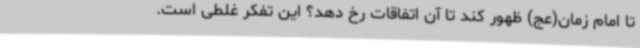
تا امام زمان(عج) ظهور کند تا آن اتفاقات رخ دهد؟ این تفکر غلطی است.